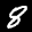
Label: 8